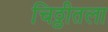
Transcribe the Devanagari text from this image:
चिठ्ठीतला